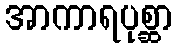
အာကာရပုစ္ဆာ